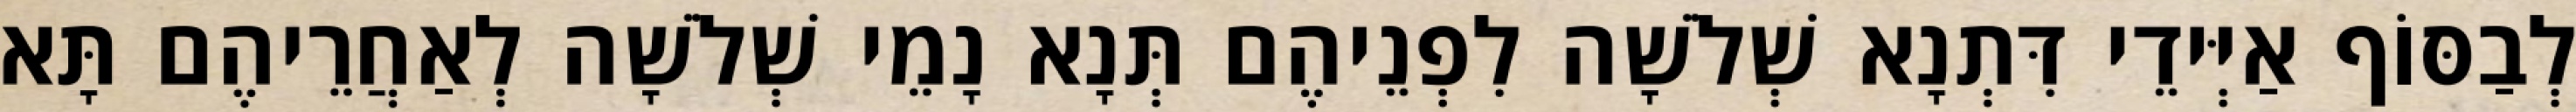
לְבַסּוֹף אַיְּידֵי דִּתְנָא שְׁלֹשָׁה לִפְנֵיהֶם תְּנָא נָמֵי שְׁלֹשָׁה לְאַחֲרֵיהֶם תָּא